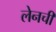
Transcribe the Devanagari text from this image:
लेनची